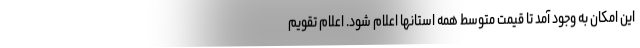
این امکان به وجود آمد تا قیمت متوسط همه استانها اعلام شود. اعلام تقویم